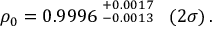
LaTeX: \rho _ { 0 } = 0 . 9 9 9 6 \stackrel { \scriptstyle + 0 . 0 0 1 7 } { \scriptstyle - 0 . 0 0 1 3 } \; \; ( 2 \sigma ) \, .